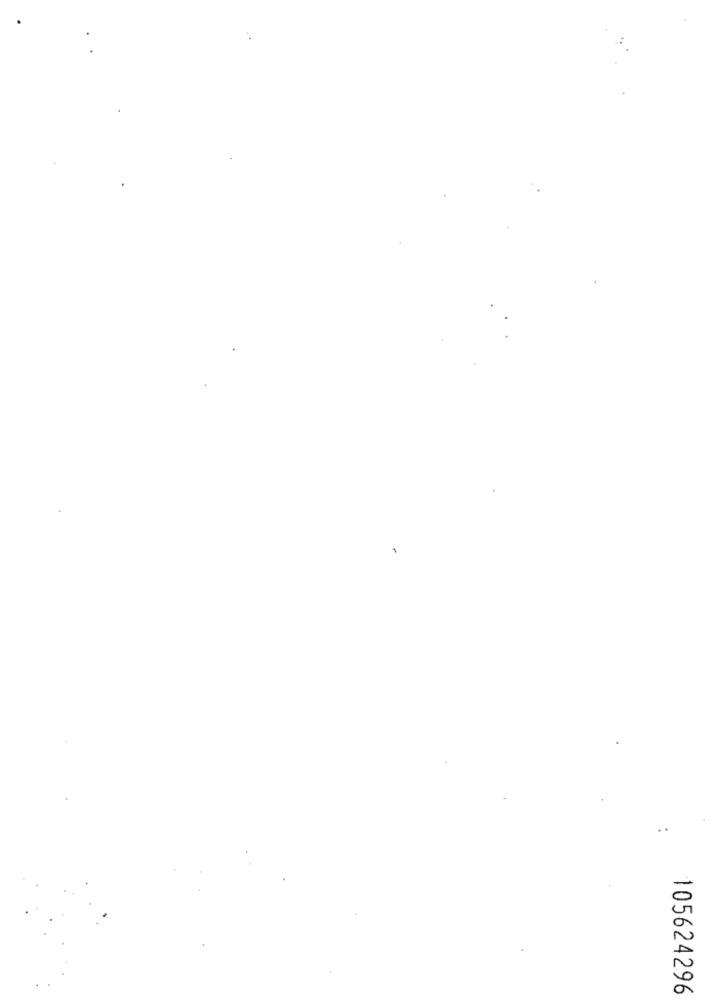
105624296